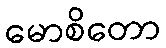
မောစိတော